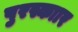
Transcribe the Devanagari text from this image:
पुरस्काार